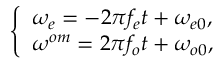
\left\{ \begin{array} { l } { \omega _ { e } = - 2 \pi f _ { e } t + \omega _ { e 0 } , } \\ { \omega ^ { o m } = 2 \pi f _ { o } t + \omega _ { o 0 } , } \end{array} \right.